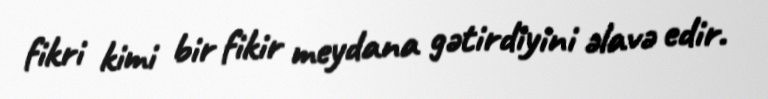
fikri kimi bir fikir meydana gətirdiyini əlavə edir.